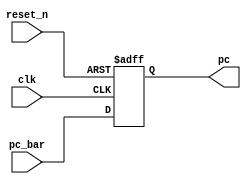

//////////////////////////////////////////////////////////////////////////////////
// Company: 
// 
// Design Name: 
// Module Name: PC
// Project Name: single cycle MIPS
// Target Devices: 
// Tool Versions: 
// Description: 
// 
// Dependencies: 
// 
// Revision:
// Revision 0.01 - File Created
// Additional Comments:
// 
//////////////////////////////////////////////////////////////////////////////////

module PC	
			#(parameter n = 32)
			(
			 input clk,reset_n,
			 input [n-1:0] pc_bar,
			 output [n-1:0] pc
			);
			
			reg [n-1:0] pc_reg,pc_next;
			
			always @(posedge clk,negedge reset_n)
			begin
				if (~reset_n)
					pc_reg <= 0;
				else
				   pc_reg <= pc_next;
			end
			
			always @(*)
			begin
				pc_next = pc_bar;
			end
			
			assign pc = pc_reg;
endmodule